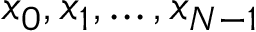
x _ { 0 } , x _ { 1 } , \ldots , x _ { N - 1 }